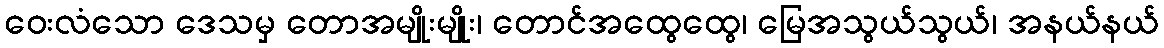
ဝေးလံသော ဒေသမှ တောအမျိုးမျိုး၊ တောင်အထွေထွေ၊ မြေအသွယ်သွယ်၊ အနယ်နယ်